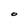
Character: o